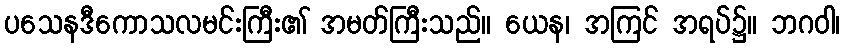
ပသေနဒီကောသလမင်းကြီး၏ အမတ်ကြီးသည်။ ယေန၊ အကြင် အရပ်၌။ ဘဂဝါ၊